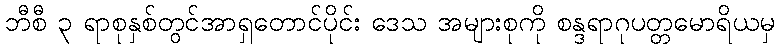
ဘီစီ ၃ ရာစုနှစ်တွင်အာရှတောင်ပိုင်း ဒေသ အများစုကို စန္ဒရာဂုပတ္တမောရိယမှ